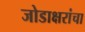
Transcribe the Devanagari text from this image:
जोडाक्षरांचा